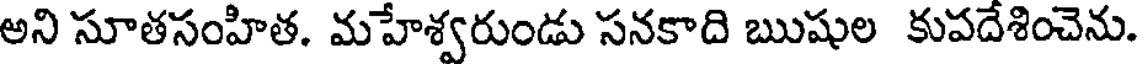
అని సూతసంహిత. మహేశ్వరుండు సనకాది ఋషుల కుపదేశించెను.